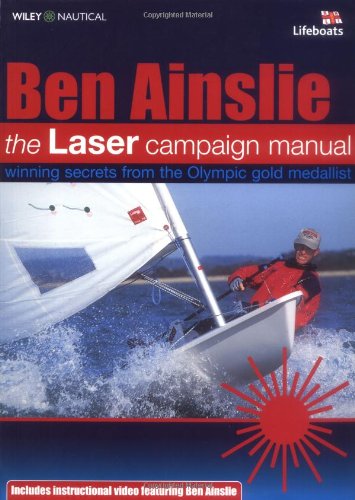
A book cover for The Laser Campaign Manual; Ben Ainslie; Arts & Photography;